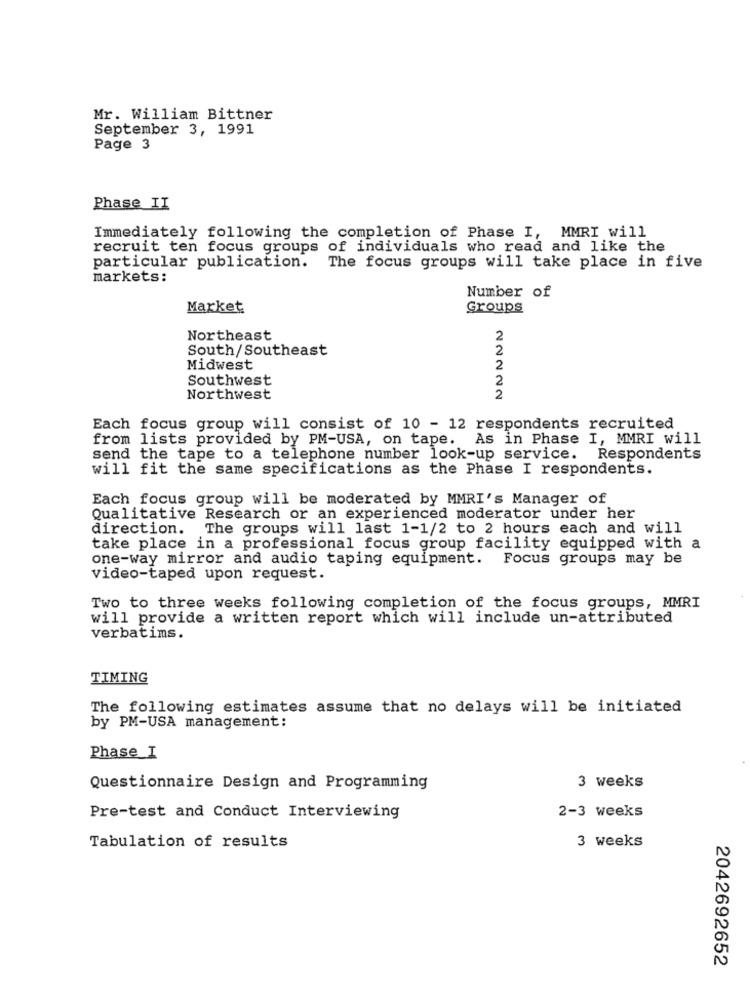
Mr. William Bittner
September 3, 1991
Page 3
Phase II
Immediately following the completion of Phase I, MMRI will
recruit ten focus groups of individuals who read and like the
particular publication. The focus groups will take place in five
markets:
Number of
Market
Groups
Northeast
2
South/Southeast
2
Midwest
2
Southwest
2
Northwest
Each focus group will consist of 10 - 12 respondents recruited
from lists provided by PM-USA, on tape. As in Phase I, MMRI will
send the tape to a telephone number look-up service. Respondents
will fit the same specifications as the Phase I respondents.
Each focus group will be moderated by MMRI's Manager of
Qualitative Research or an experienced moderator under her
direction. The groups will last 1-1/2 to 2 hours each and will
take place in a professional focus group facility equipped with a
one-way mirror and audio taping equipment. Focus groups may be
video-taped upon request.
Two to three weeks following completion of the focus groups, MMRI
will provide a written report which will include un-attributed
verbatims.
TIMING
The following estimates assume that no delays will be initiated
by PM-USA management:
Phase I
Questionnaire Design and Programming
3 weeks
Pre-test and Conduct Interviewing
2-3 weeks
3 weeks
Tabulation of results
2042692652